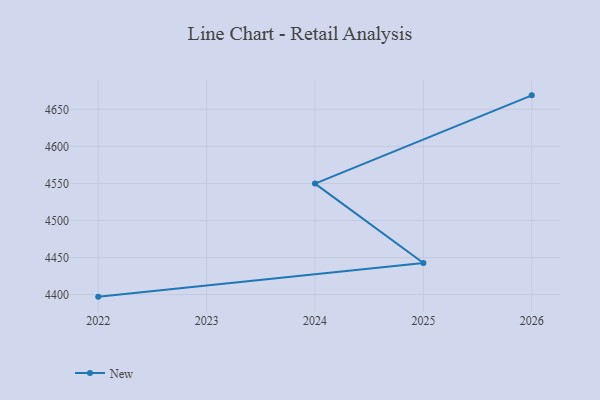
{"axis": {"x": "Year", "y": "Churn Rate (%)"}, "legend": ["New"], "data": [{"x": "2022", "y": 4397.2, "type": "New"}, {"x": "2025", "y": 4442.6, "type": "New"}, {"x": "2024", "y": 4549.8, "type": "New"}, {"x": "2026", "y": 4668.9, "type": "New"}]}